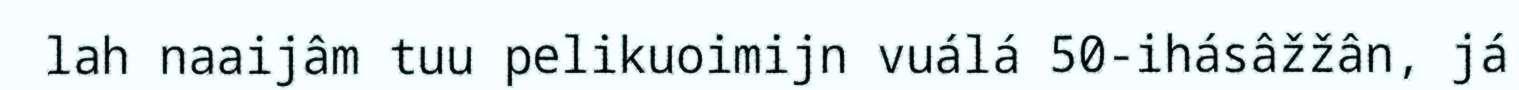
lah naaijâm tuu pelikuoimijn vuálá 50-ihásâžžân, já